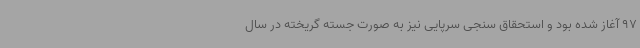
97 آغاز شده بود و استحقاق سنجی سرپایی نیز به صورت جسته گریخته در سال